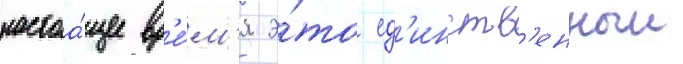
настоа́щее вр'е́м'я э́то ед'инств'енныи